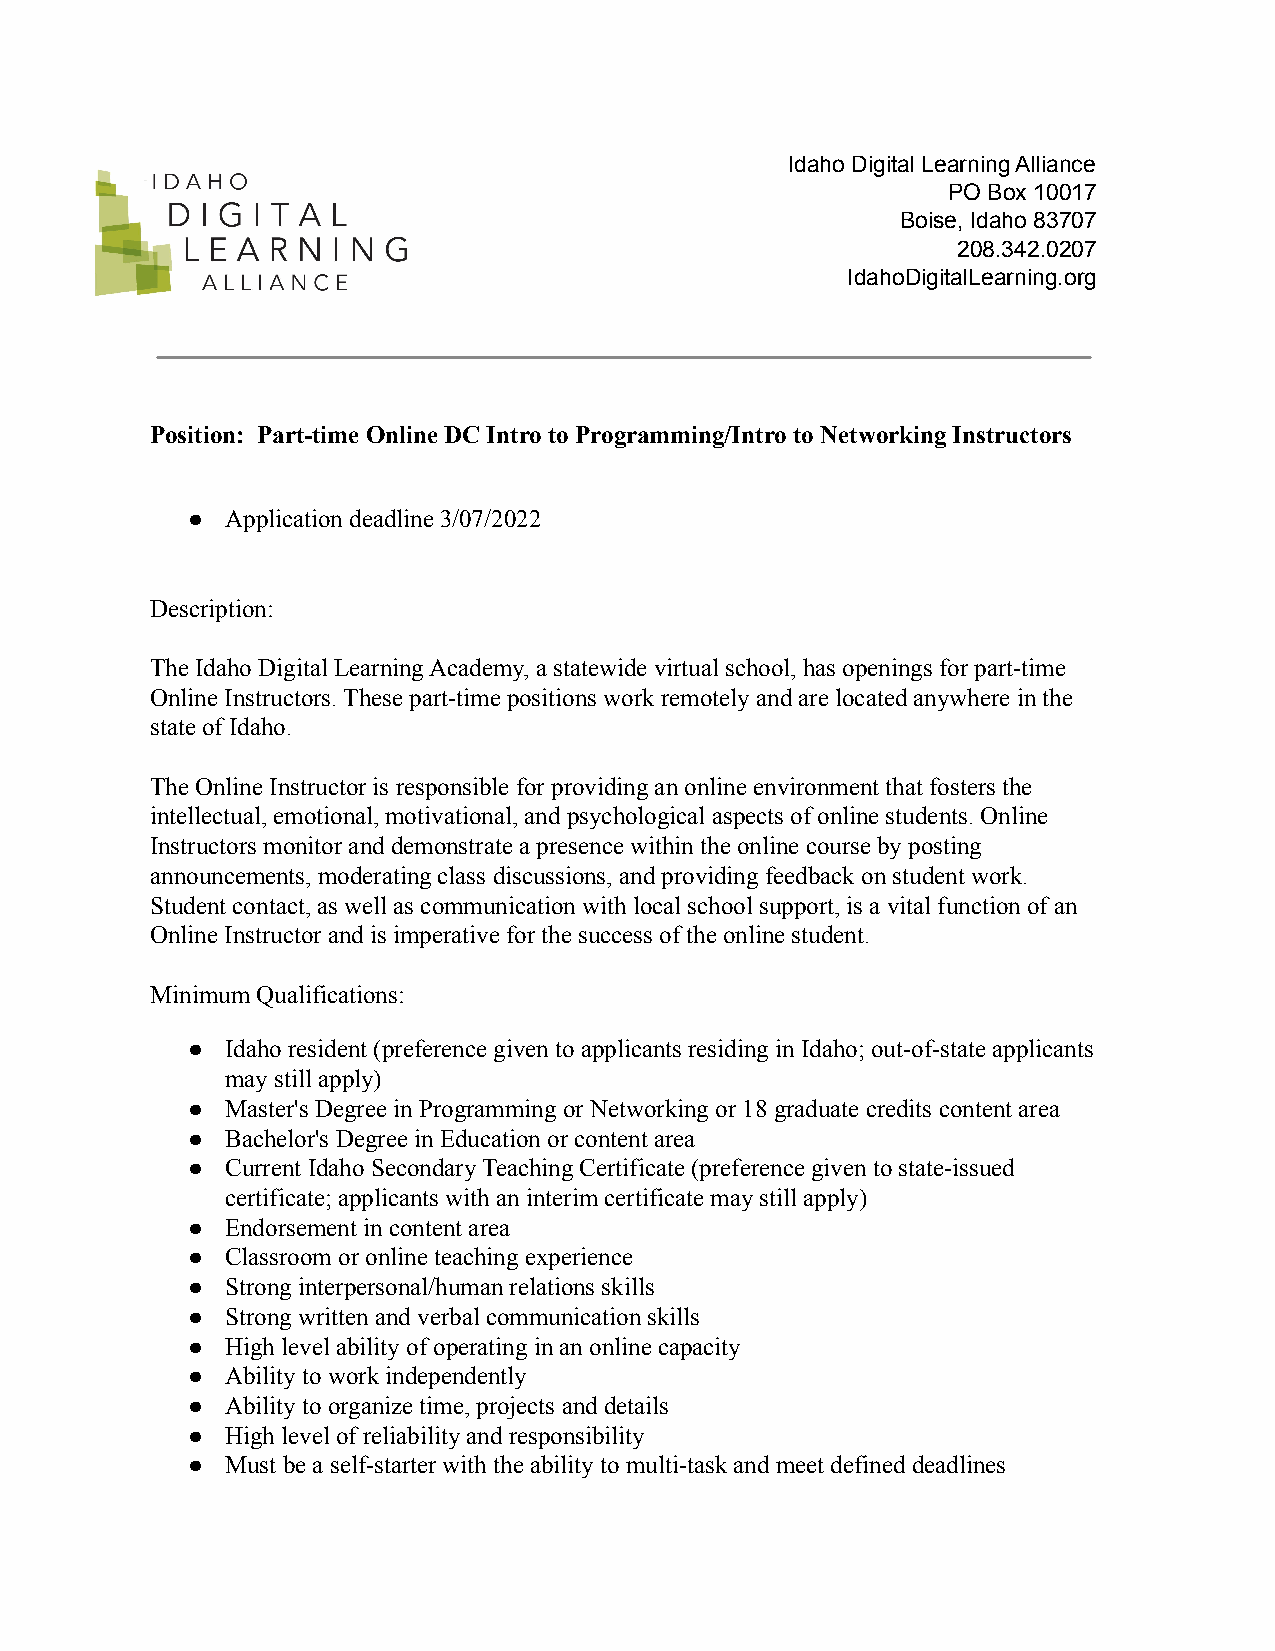
Idaho Digital Learning Alliance
 PO Box 10017
 Boise, Idaho 83707
 208.342.0207
 IdahoDigitalLearning.org
 Position: Part-time Online DC Intro to Programming/Intro to Networking Instructors
 ●  Application deadline 3/07/2022
 Description:
 The Idaho Digital Learning Academy, a statewide virtual school, has openings for part-time
 Online Instructors. These part-time positions work remotely and are located anywhere in the
 state of Idaho.
 The Online Instructor is responsible for providing an online environment that fosters the
 intellectual, emotional, motivational, and psychological aspects of online students. Online
 Instructors monitor and demonstrate a presence within the online course by posting
 announcements, moderating class discussions, and providing feedback on student work.
 Student contact, as well as communication with local school support, is a vital function of an
 Online Instructor and is imperative for the success of the online student.
 Minimum Qualifications:
 ●  Idaho resident (preference given to applicants residing in Idaho; out-of-state applicants
 may still apply)
 ●  Master's Degree in Programming or Networking or 18 graduate credits content area
 ●  Bachelor's Degree in Education or content area
 ●  Current Idaho Secondary Teaching Certificate (preference given to state-issued
 certificate; applicants with an interim certificate may still apply)
 ●  Endorsement in content area
 ●  Classroom or online teaching experience
 ●  Strong interpersonal/human relations skills
 ●  Strong written and verbal communication skills
 ●  High level ability of operating in an online capacity
 ●  Ability to work independently
 ●  Ability to organize time, projects and details
 ●  High level of reliability and responsibility
 ●  Must be a self-starter with the ability to multi-task and meet defined deadlines